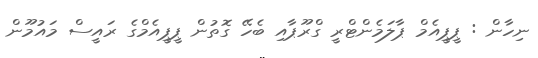
ނިހާން : ޕީޕީއެމް ޕާލަމެންޓްރީ ގްރޫޕާއި ބެހޭ ގޮތުން ޕީޕީއެމްގެ ރައީސް މައުމޫން